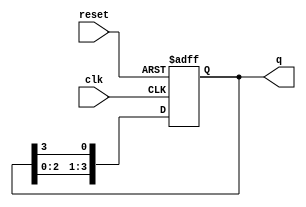
module bistable_ring_counter #(
    parameter N = 4  // Number of flip-flops
)(
    input wire clk,        // Clock input
    input wire reset,      // Asynchronous reset input
    output reg [N-1:0] q   // Output of the counter
);

// Internal signal to hold the next state
reg [N-1:0] next_q;

// Always block for the flip-flop behavior
always @(posedge clk or posedge reset) begin
    if (reset) begin
        // Reset the counter to initial state
        q <= 1'b1 << 0; // Set the first flip-flop to '1'
    end else begin
        // Update the state on clock edge
        q <= next_q;
    end
end

// Combinational logic to determine the next state
always @(*) begin
    // Shift the '1' to the next flip-flop in the ring
    next_q = {q[N-2:0], q[N-1]}; // Shift left
end

endmodule